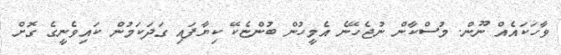
ވާހަކައެއް ނޫން. މުސްކާން ނުޖެހޭނެ އެމީހުން ބުންޏެކޭ ކިޔާފައި ގަދަކަމުން ކައިވެނީގެ ގޮށް